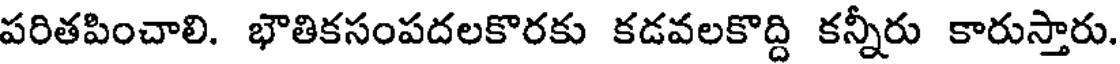
పరితపించాలి. భౌతికసంపదలకొరకు కడవలకొద్ది కన్నీరు కారుస్తారు.